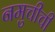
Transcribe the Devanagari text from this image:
नमुचीची